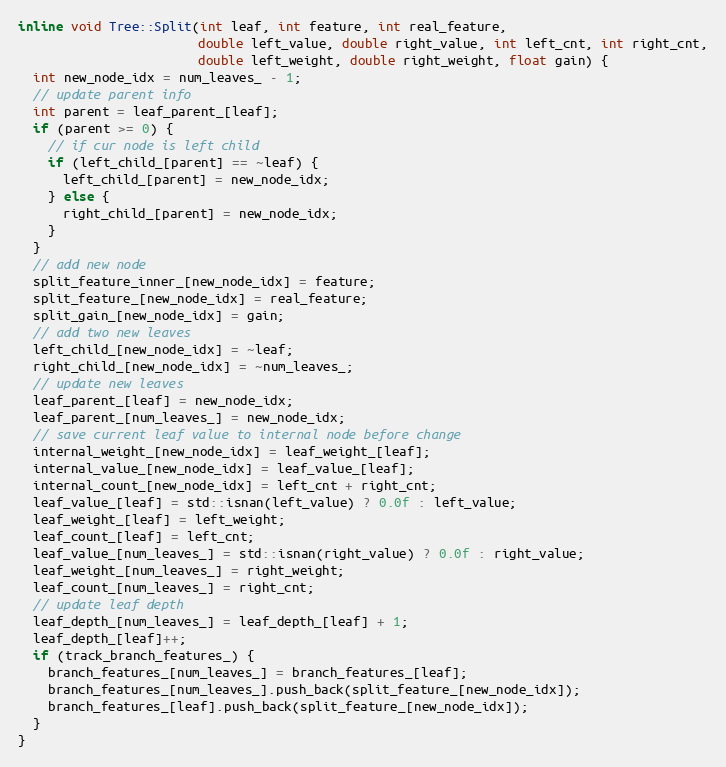
Language: C
inline void Tree::Split(int leaf, int feature, int real_feature,
                        double left_value, double right_value, int left_cnt, int right_cnt,
                        double left_weight, double right_weight, float gain) {
  int new_node_idx = num_leaves_ - 1;
  // update parent info
  int parent = leaf_parent_[leaf];
  if (parent >= 0) {
    // if cur node is left child
    if (left_child_[parent] == ~leaf) {
      left_child_[parent] = new_node_idx;
    } else {
      right_child_[parent] = new_node_idx;
    }
  }
  // add new node
  split_feature_inner_[new_node_idx] = feature;
  split_feature_[new_node_idx] = real_feature;
  split_gain_[new_node_idx] = gain;
  // add two new leaves
  left_child_[new_node_idx] = ~leaf;
  right_child_[new_node_idx] = ~num_leaves_;
  // update new leaves
  leaf_parent_[leaf] = new_node_idx;
  leaf_parent_[num_leaves_] = new_node_idx;
  // save current leaf value to internal node before change
  internal_weight_[new_node_idx] = leaf_weight_[leaf];
  internal_value_[new_node_idx] = leaf_value_[leaf];
  internal_count_[new_node_idx] = left_cnt + right_cnt;
  leaf_value_[leaf] = std::isnan(left_value) ? 0.0f : left_value;
  leaf_weight_[leaf] = left_weight;
  leaf_count_[leaf] = left_cnt;
  leaf_value_[num_leaves_] = std::isnan(right_value) ? 0.0f : right_value;
  leaf_weight_[num_leaves_] = right_weight;
  leaf_count_[num_leaves_] = right_cnt;
  // update leaf depth
  leaf_depth_[num_leaves_] = leaf_depth_[leaf] + 1;
  leaf_depth_[leaf]++;
  if (track_branch_features_) {
    branch_features_[num_leaves_] = branch_features_[leaf];
    branch_features_[num_leaves_].push_back(split_feature_[new_node_idx]);
    branch_features_[leaf].push_back(split_feature_[new_node_idx]);
  }
}